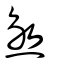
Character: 煞